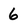
Character: 6